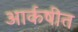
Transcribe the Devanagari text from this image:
आर्कषीत